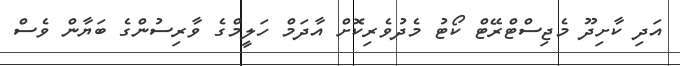
އަދި ކާށިދޫ މެޖިސްޓްރޭޓް ކޯޓު މެދުވެރިކޮށް އާދަމް ހަލީމްގެ ވާރިސުންގެ ބަޔާން ވެސް